King Institute of Preventive Medicine Micro-Biological Section reports 1909-11
Year: 1909
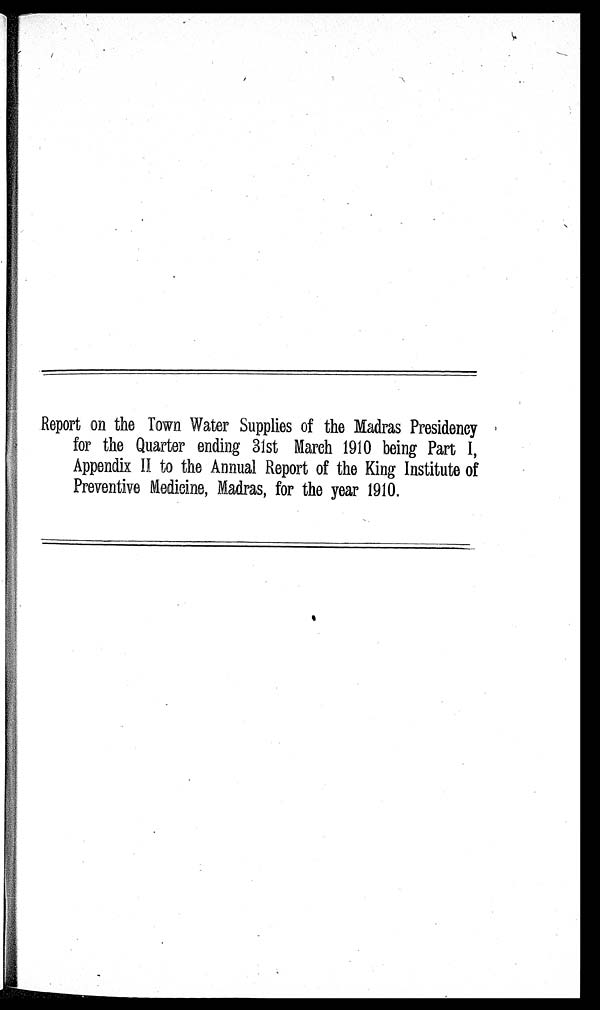
Report on the Torn Water Supplies of the Madras Presidency
for the Quarter ending 31st March 1910 being Part I,
Appendix II to the Annual Report of the King Institute of
Preventive Medicine, Madras, for the year 1910.